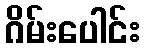
ဂိမ်းပေါင်း